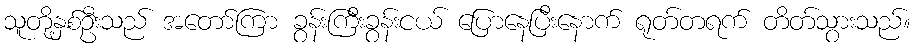
သူတို့နှစ်ဦးသည် အတော်ကြာ ခွန်းကြီးခွန်းငယ် ပြောနေပြီးနောက် ရုတ်တရက် တိတ်သွားသည်။